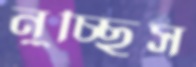
নুচ্ছিস